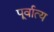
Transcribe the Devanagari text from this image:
पूर्वात्य